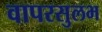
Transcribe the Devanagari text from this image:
वापरसुलभ